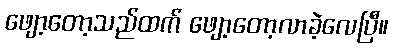
ဖျော့တော့သည်ထက် ဖျော့တော့လာခဲ့လေပြီ။